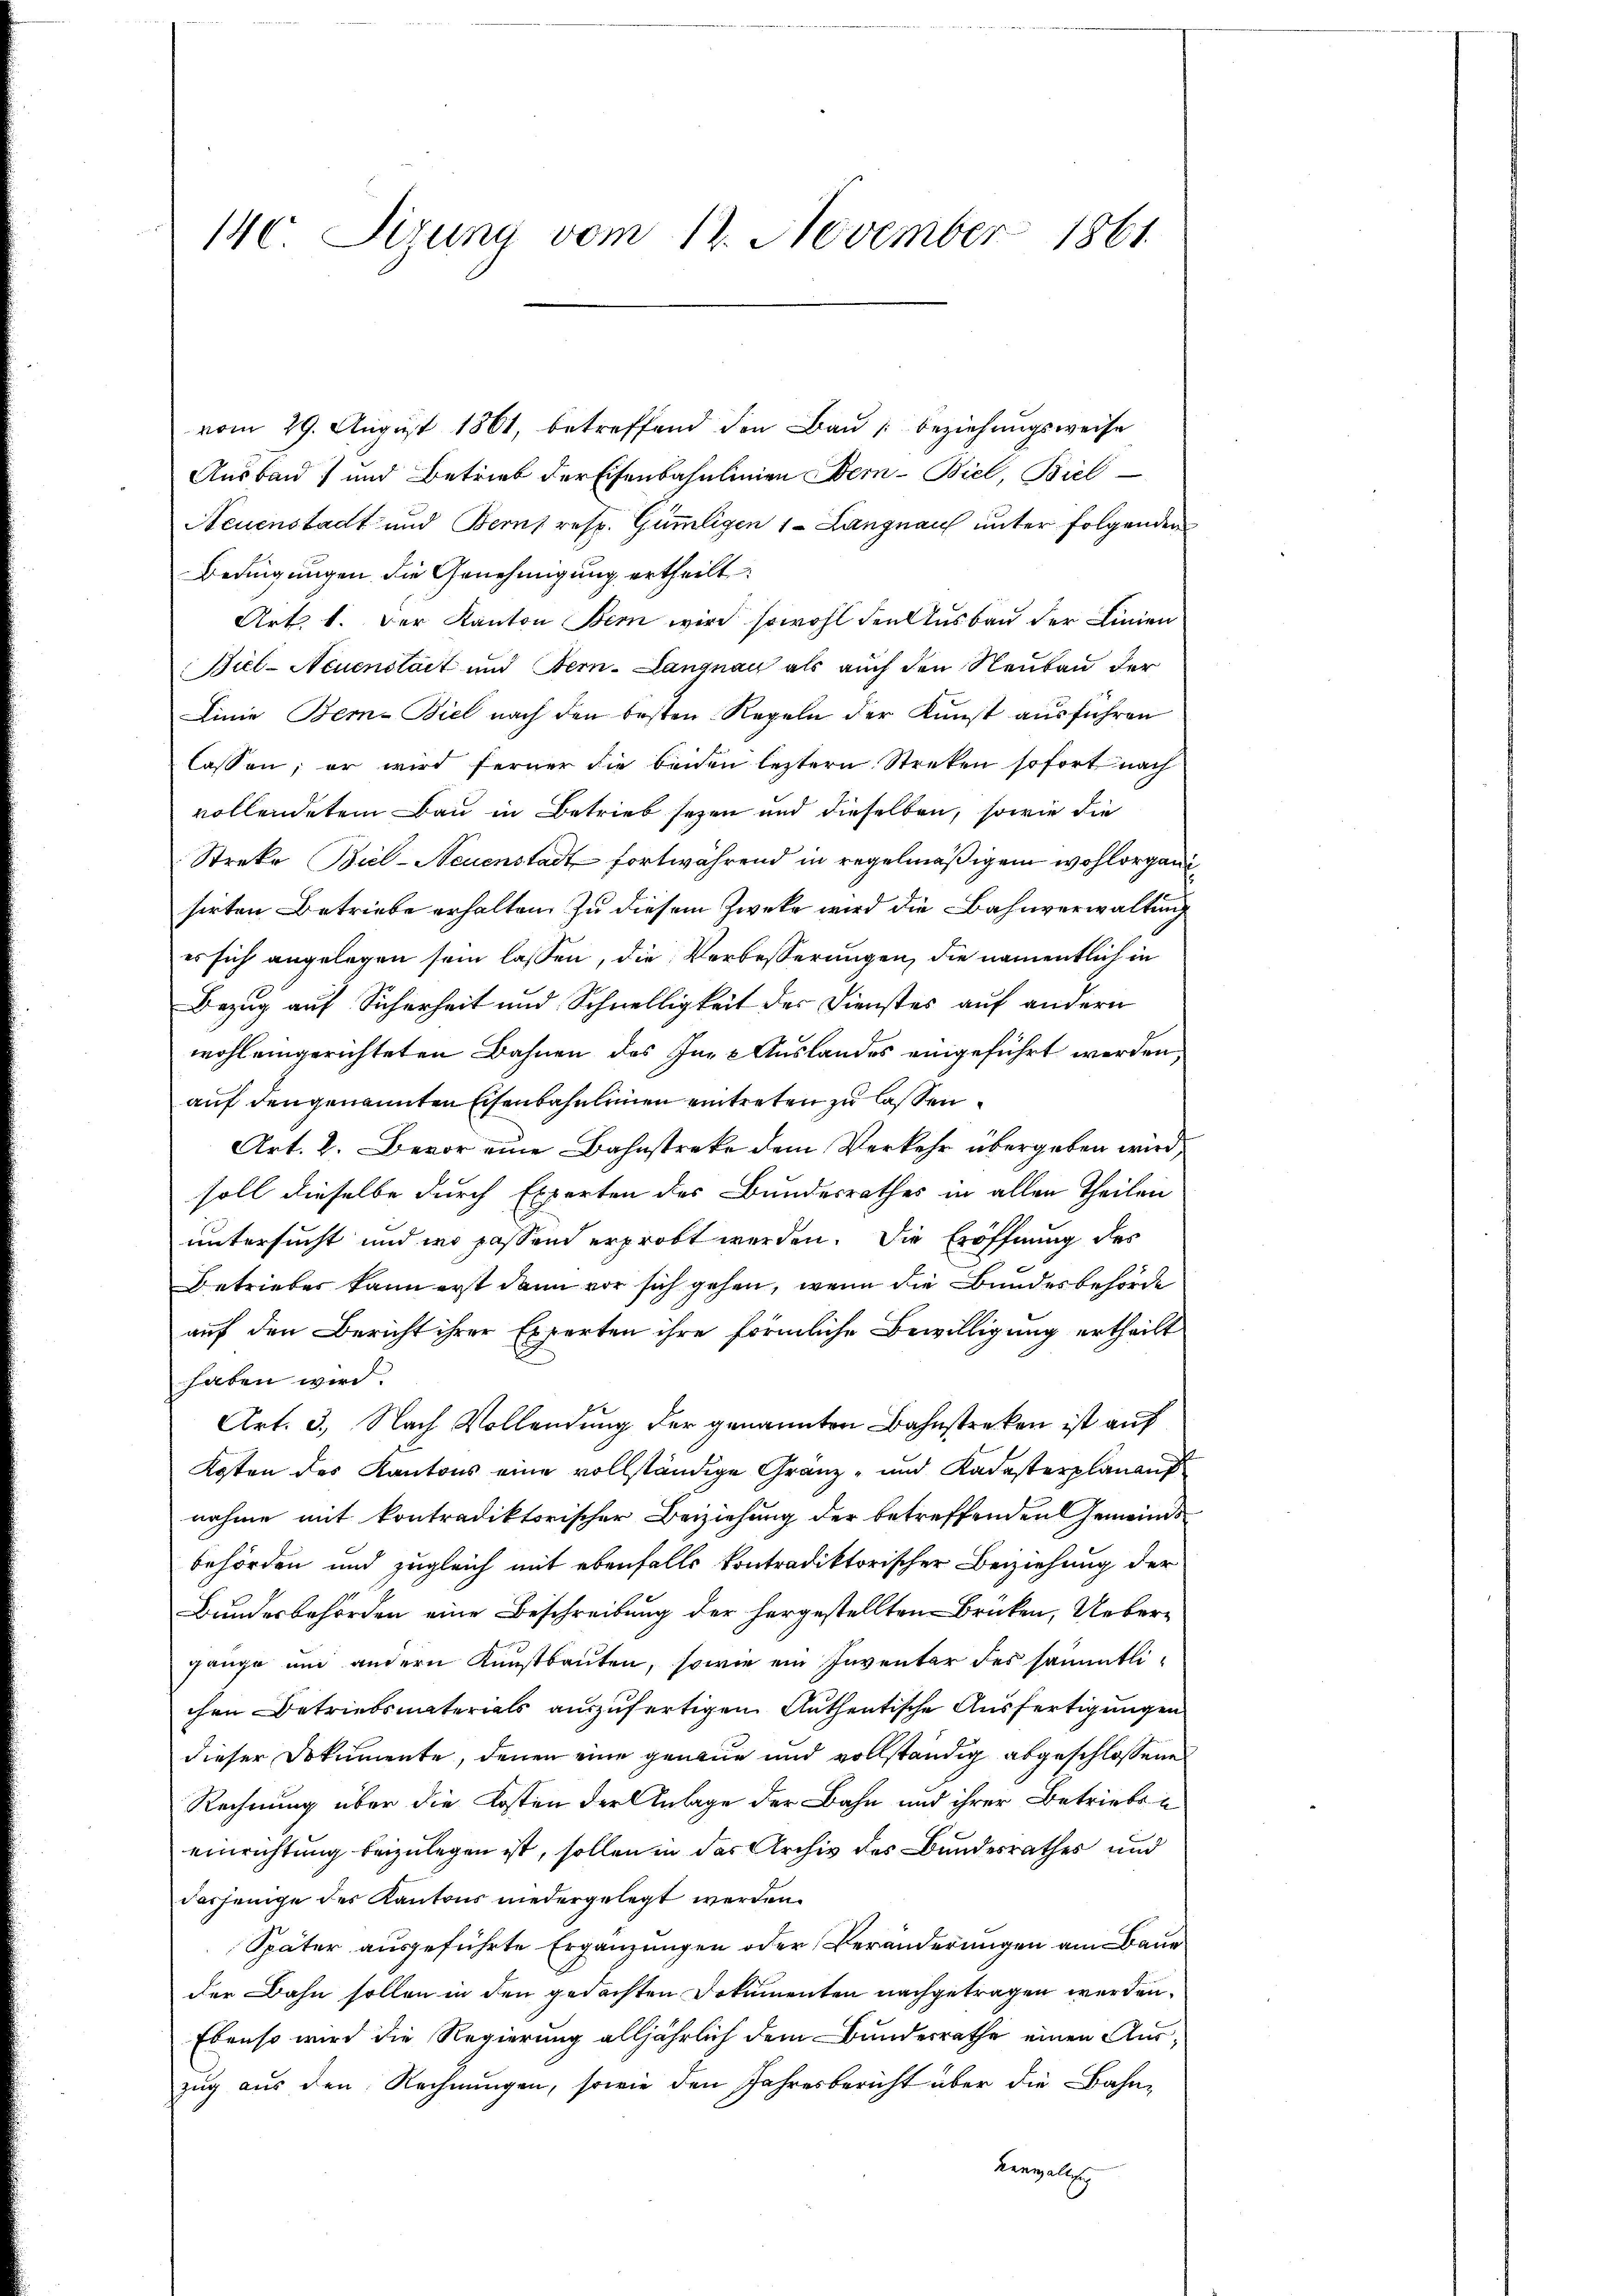
140. Sizung vom 12. November 1861

vom 29. August 1861, betreffend den Bau beziehungsweise
Ausbau) und Betrieb der Eisenbahnlinien Bern Biel, Biel
Neuenstadt und Berns resp. Gümligen 1 - Langnau unter folgenden
Bedingungen die Genehmigung ertheilt
Art. 1. Der Kanton Bern wird sowohl den Ausbau der Linien
Biel-Neuenstait und Bern. Langnau als auch den Neubau der
Linie Bern-Biel nach den besten Regeln der Kunst ausführen
lassen, er wird ferner die beiden letztern Streken sofort nach
vollendetem Bau in Betrieb seyen und dieselben, sowie die
Streke Biel-Neuenstadt fortwährend in regelmäßigem wohlorganisirten Betriebe erhalten. Zu diesem Zwecke wird die Bahnverwaltung
es sich angelegen sein lassen, die Verbesserungen, die namentlich in
Bezug auf Sicherheit und Schnelligkeit der Dienstes auf andern
wohl eingerichteten Bahnen des In- & Auslandes eingeführt werden
auf den genannten Eisenbahnleinen eintreten zu lassen.
Art. 2. Bevor eine Bahnstreke dem Verkehr übergeben wird,
soll dieselbe durch Experten des Bundesrathes in allen Theilen
untersucht und wo passend erprobt werden. Die Eröffnung des
Betrieber kann erst dann vor sich gehen, wenn die Bundesbehörde
auf den Bericht ihrer Experten ihre förmliche Bewilligung ertheilt
haben wird.
Art. 3., Nach Vollendung der genannten Bahnstreken ist auf
Kosten des Kantons eine vollständige Granz- und Kadasterplanauf
nahme mit kontradiktorischer Beiziehung der betreffenden Gemeindsbehörden und zugleich mit ebenfalls kontradiktorischer Beiziehung der
Bundesbehörden eine Beschreibung der hergestellten Brücken, Uebergange und andern Kunstbauten, sowie ein Inventar des sämmtlichen Betriebsmaterials auszufertigen Authentische Ausfertigungen
dieser Dokumente, denen eine genaue und vollständig abgeschlossene
Rechnung über die Kosten der Anlage der Bahn und ihrer Betrieben
einrichtung beizulegen ist, sollen in das Archiv des Bundesrathes und
dasjenige des Kantons niedergelegt werden.
Später ausgeführte Ergänzungen oder Veränderungen am Baue
der Bahn sollen in den gedachten Dokumenten nachgetragen werden.
Ebenso wird die Regierung alljährlich dem Bundesrathe einen Auszug aus den Rechnungen, sowie den Jahresbericht über die Bahn-
Verwalt sich